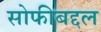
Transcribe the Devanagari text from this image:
सोफीबद्दल